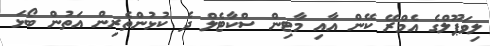
ލިވަޕޫލްގެ އެމްރޭ ކޭން އާއި މާޓިން ސްކާޓެލް ދެ ކުޅުންތެރިން އަތުން ބޯޅަ